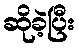
ဆိုခဲ့ပြီး